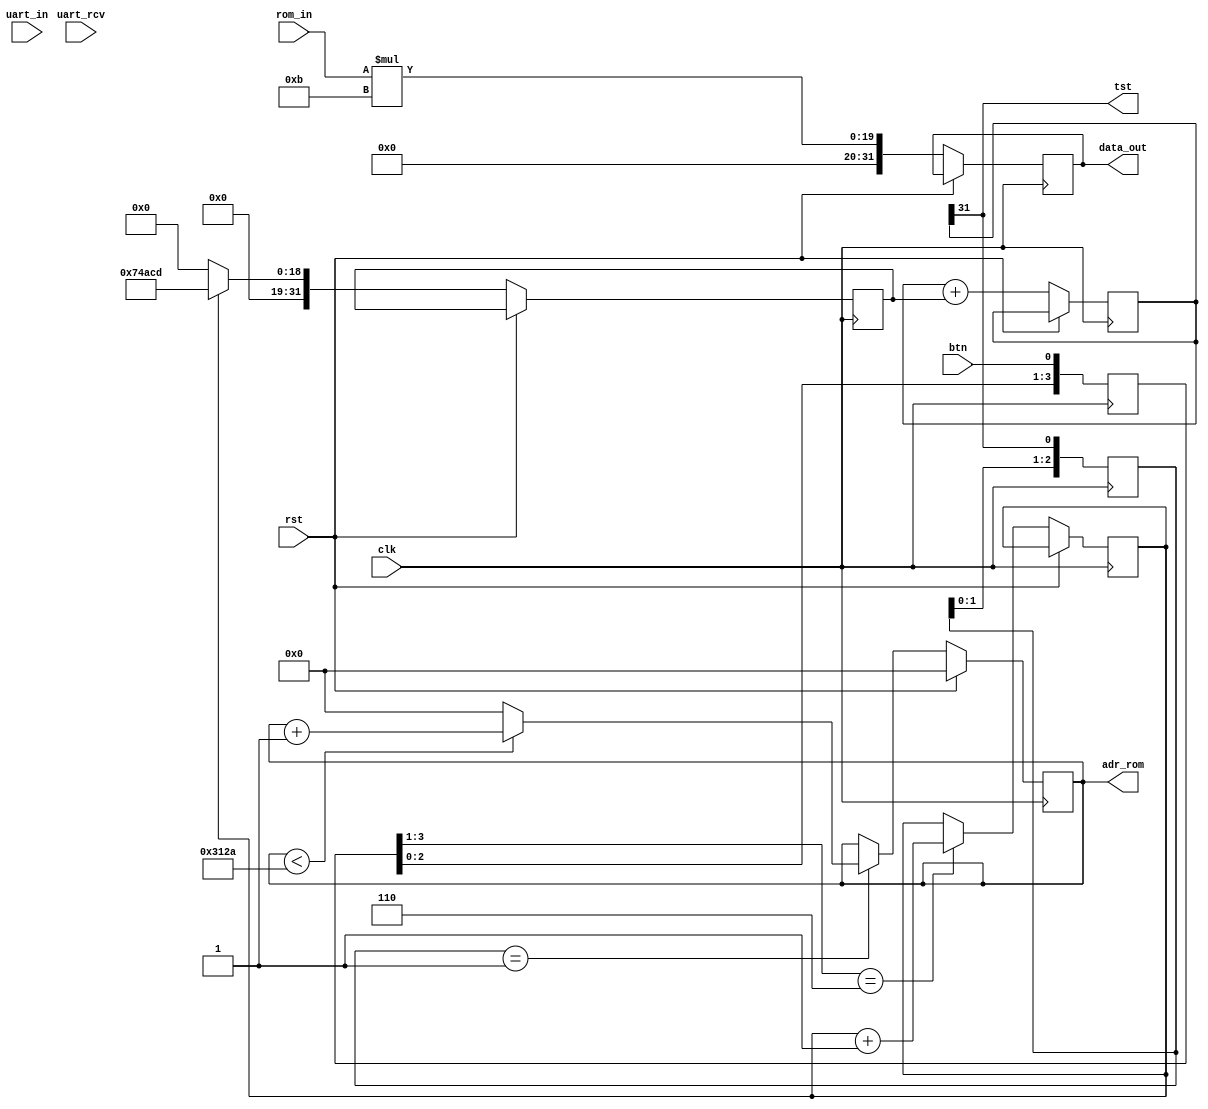
//-----------------------------------------------------------------------------
//
// Title       : upr1
// Design      : list1
// Company     : nasa
//
//-----------------------------------------------------------------------------
//
// Generated   : Mon Oct 15 15:11:05 2018
// From        : interface description file
// By          : Itf2Vhdl ver. 1.22
//
//-----------------------------------------------------------------------------
//
// Description : 
//
//-----------------------------------------------------------------------------
`timescale 1 ns / 1 ps 


//{{ Section below this comment is automatically maintained
//   and may be overwritten
//{module {upr1}}
module upr1 (
	output wire [15:0] adr_rom,	 
	output wire [31:0] data_out,
	output wire tst,
	input wire clk,		
	input wire rst,
	input wire btn,
	input wire [7:0] uart_in,
	input wire uart_rcv,
	input wire [15:0] rom_in
);

parameter  max_adr=12586;

reg [7:0] data_rom=0;
reg [7:0] data_uart=0;
reg [15:0] reg_adr_rom=0;
reg [31:0] accum=0;	

reg [31:0] data_reg=0;

reg [2:0] front1=0;
reg [3:0] front2=0;

reg speed=0;
reg [31:0] sampl_speed=31'd477901;

always @(posedge clk) front2<={front2[2:0],btn};
always @(posedge clk) front1<={front1[1:0],accum[31]};

always @(posedge clk)
	if (rst)
		reg_adr_rom<=0;
	else
		begin
			
			if (front2[3:1]==3'b110) speed<=speed+1;
			if (speed) sampl_speed<=31'd477901; else sampl_speed<=0;
			
			accum<=accum+sampl_speed;
			
			data_reg<=rom_in*11;
			
			if (front1==3'b001)  
				begin
					if (reg_adr_rom<max_adr) reg_adr_rom<=reg_adr_rom+1; else reg_adr_rom<=0;	
				end				
		end
		
	 	assign tst=accum[31]; 
		assign data_out=data_reg; 
		assign adr_rom=reg_adr_rom; 
		
endmodule